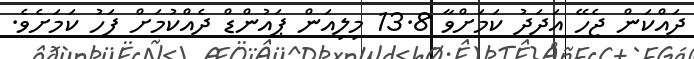
ދައްކަން ޖެހޭ އަދަދު ކަމަށްވާ 13.8 މިލިއަން ޕައުންޑް ދެއްކުމަށް ފަހު ކަމަށެވެ.